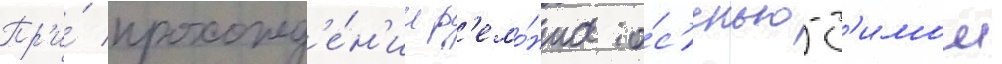
Пр'и́ прохожд'е́н'ии р'емо́нта о́с'енью-з'имои